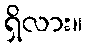
ရှိလား။